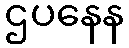
ဌပနေန